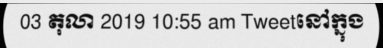
03 តុលា 2019 10:55 am Tweetនៅក្នុង